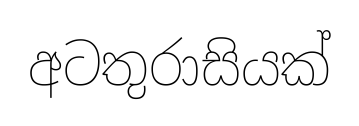
අටතුරාසියක්